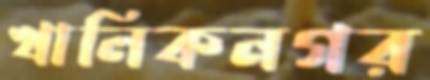
খালিকনগর